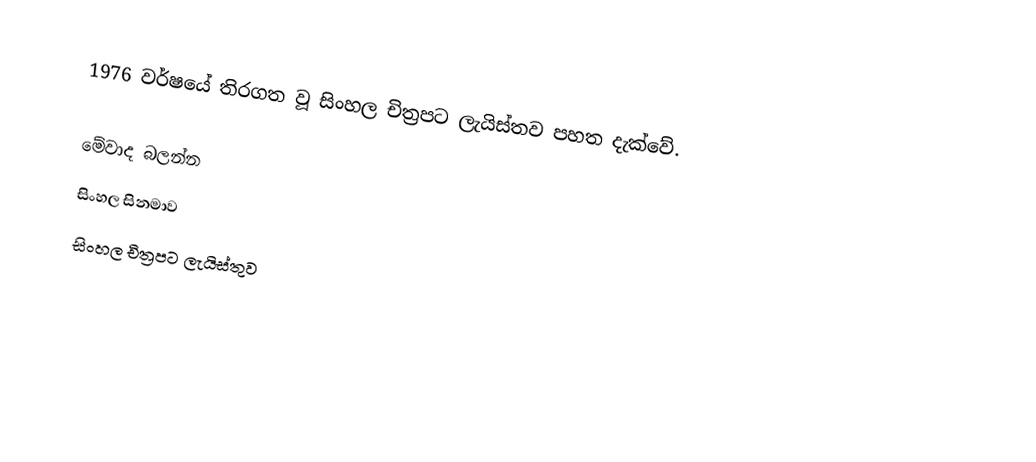
1976 වර්ෂයේ තිරගත වූ සිංහල චිත්‍රපට ලැයිස්තව පහත දැක්වේ.

මේවාද බලන්න
 සිංහල සිනමාව
 සිංහල චිත්‍රපට ලැයිස්තුව